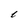
Character: t